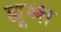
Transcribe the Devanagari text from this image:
ह्यूब्श